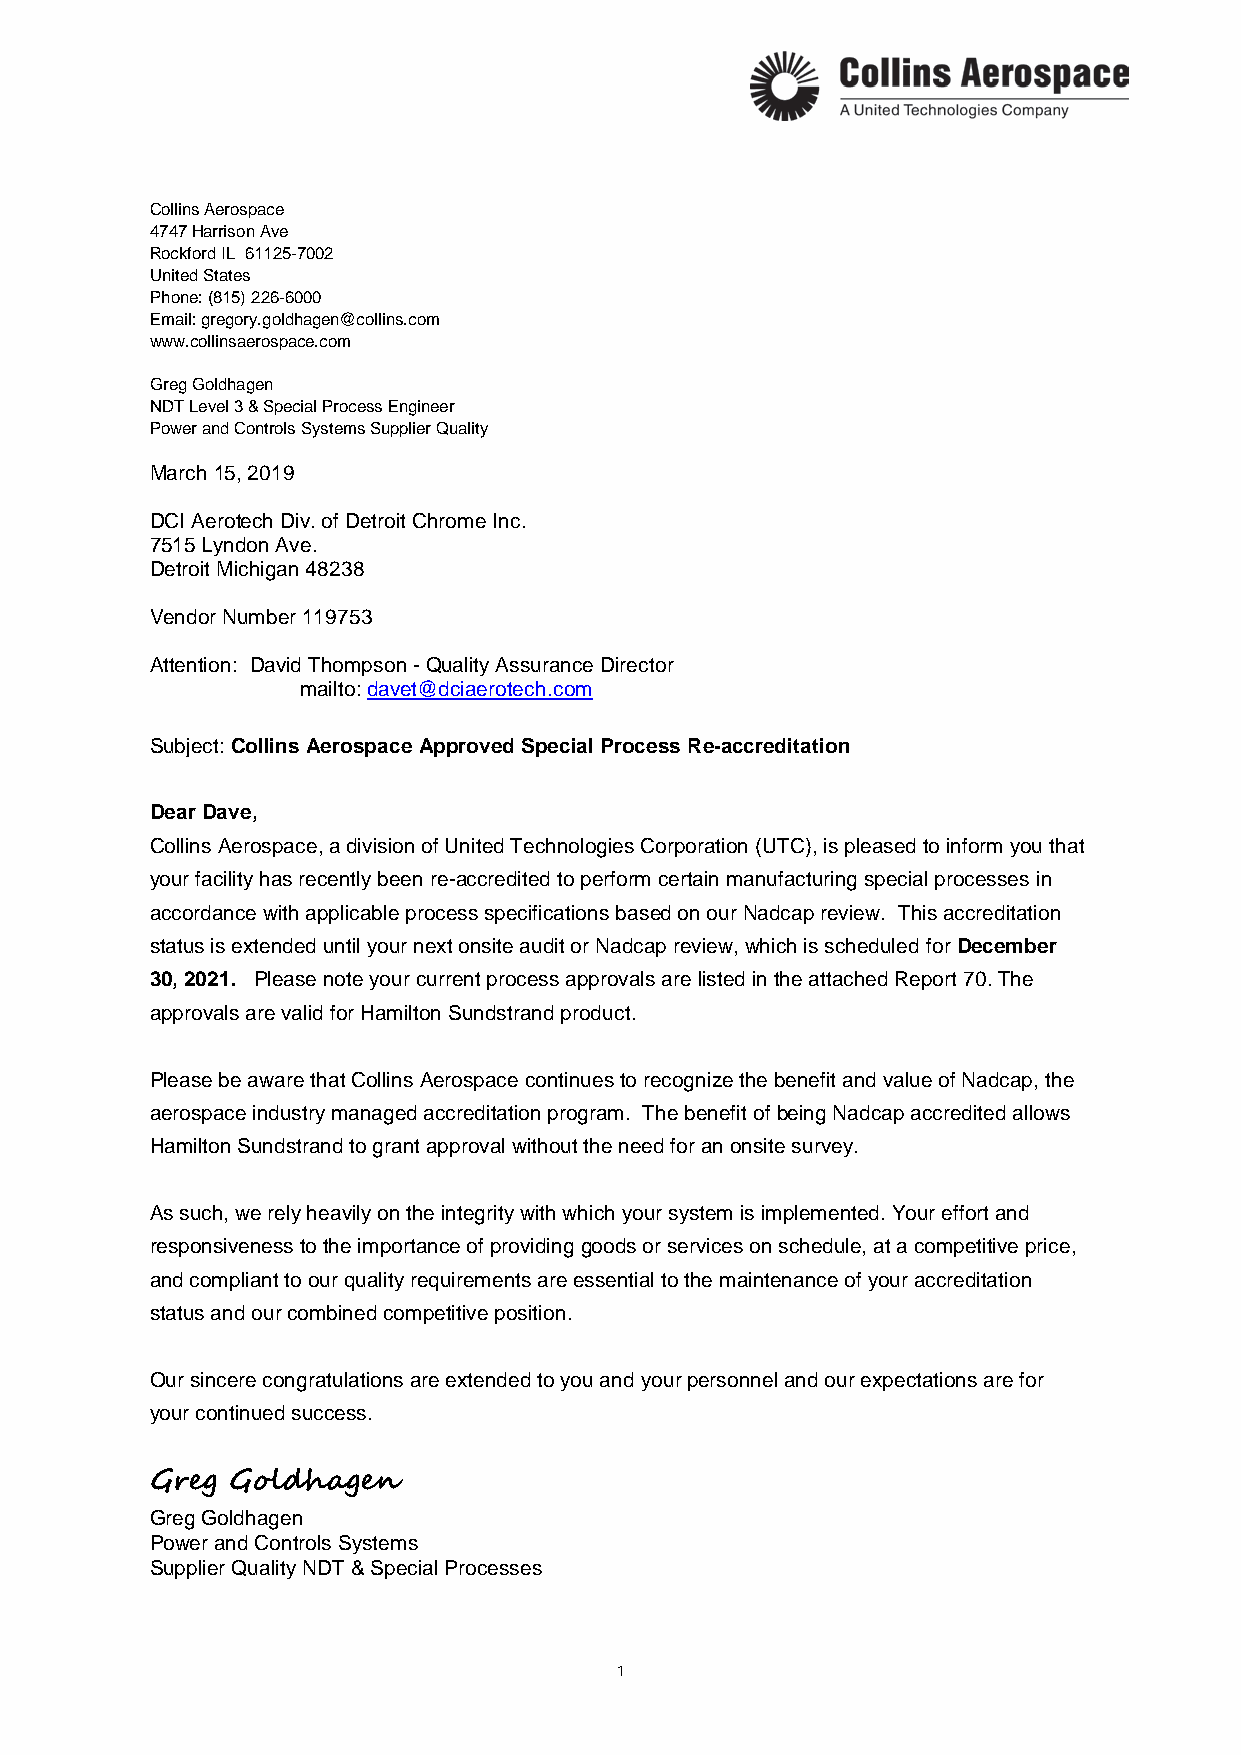
Collins Aerospace
 4747 Harrison Ave
 Rockford IL 61125-7002
 United States
 Phone: (815) 226-6000
 Email: gregory.goldhagen@collins.com
 www.collinsaerospace.com
 Greg Goldhagen
 NDT Level 3 & Special Process Engineer
 Power and Controls Systems Supplier Quality
 March 15, 2019
 DCI Aerotech Div. of Detroit Chrome Inc.
 7515 Lyndon Ave.
 Detroit Michigan 48238
 Vendor Number 119753
 Attention: David Thompson - Quality Assurance Director
 mailto: davet@dciaerotech.com
 Subject: Collins Aerospace Approved Special Process Re-accreditation
 Dear Dave,
 Collins Aerospace, a division of United Technologies Corporation (UTC), is pleased to inform you that
 your facility has recently been re-accredited to perform certain manufacturing special processes in
 accordance with applicable process specifications based on our Nadcap review. This accreditation
 status is extended until your next onsite audit or Nadcap review, which is scheduled for December
 30, 2021. Please note your current process approvals are listed in the attached Report 70. The
 approvals are valid for Hamilton Sundstrand product.
 Please be aware that Collins Aerospace continues to recognize the benefit and value of Nadcap, the
 aerospace industry managed accreditation program. The benefit of being Nadcap accredited allows
 Hamilton Sundstrand to grant approval without the need for an onsite survey.
 As such, we rely heavily on the integrity with which your system is implemented. Your effort and
 responsiveness to the importance of providing goods or services on schedule, at a competitive price,
 and compliant to our quality requirements are essential to the maintenance of your accreditation
 status and our combined competitive position.
 Our sincere congratulations are extended to you and your personnel and our expectations are for
 your continued success.
 Greg Goldhagen
 Greg Goldhagen
 Power and Controls Systems
 Supplier Quality NDT & Special Processes
 1